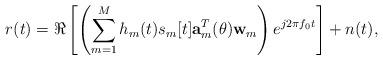
LaTeX: \begin{align*} r(t) = \Re\left [\left( \sum_{m=1}^M h_m(t) s_m[t] \textbf{a}_m^T(\theta) \textbf{w}_m \right)e^{j2\pi f_0t}\right] +n(t),\end{align*}